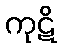
ကုဋိ